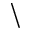
\backslash